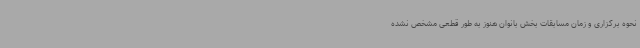
نحوه برگزاری و زمان مسابقات بخش بانوان هنوز به طور قطعی مشخص نشده